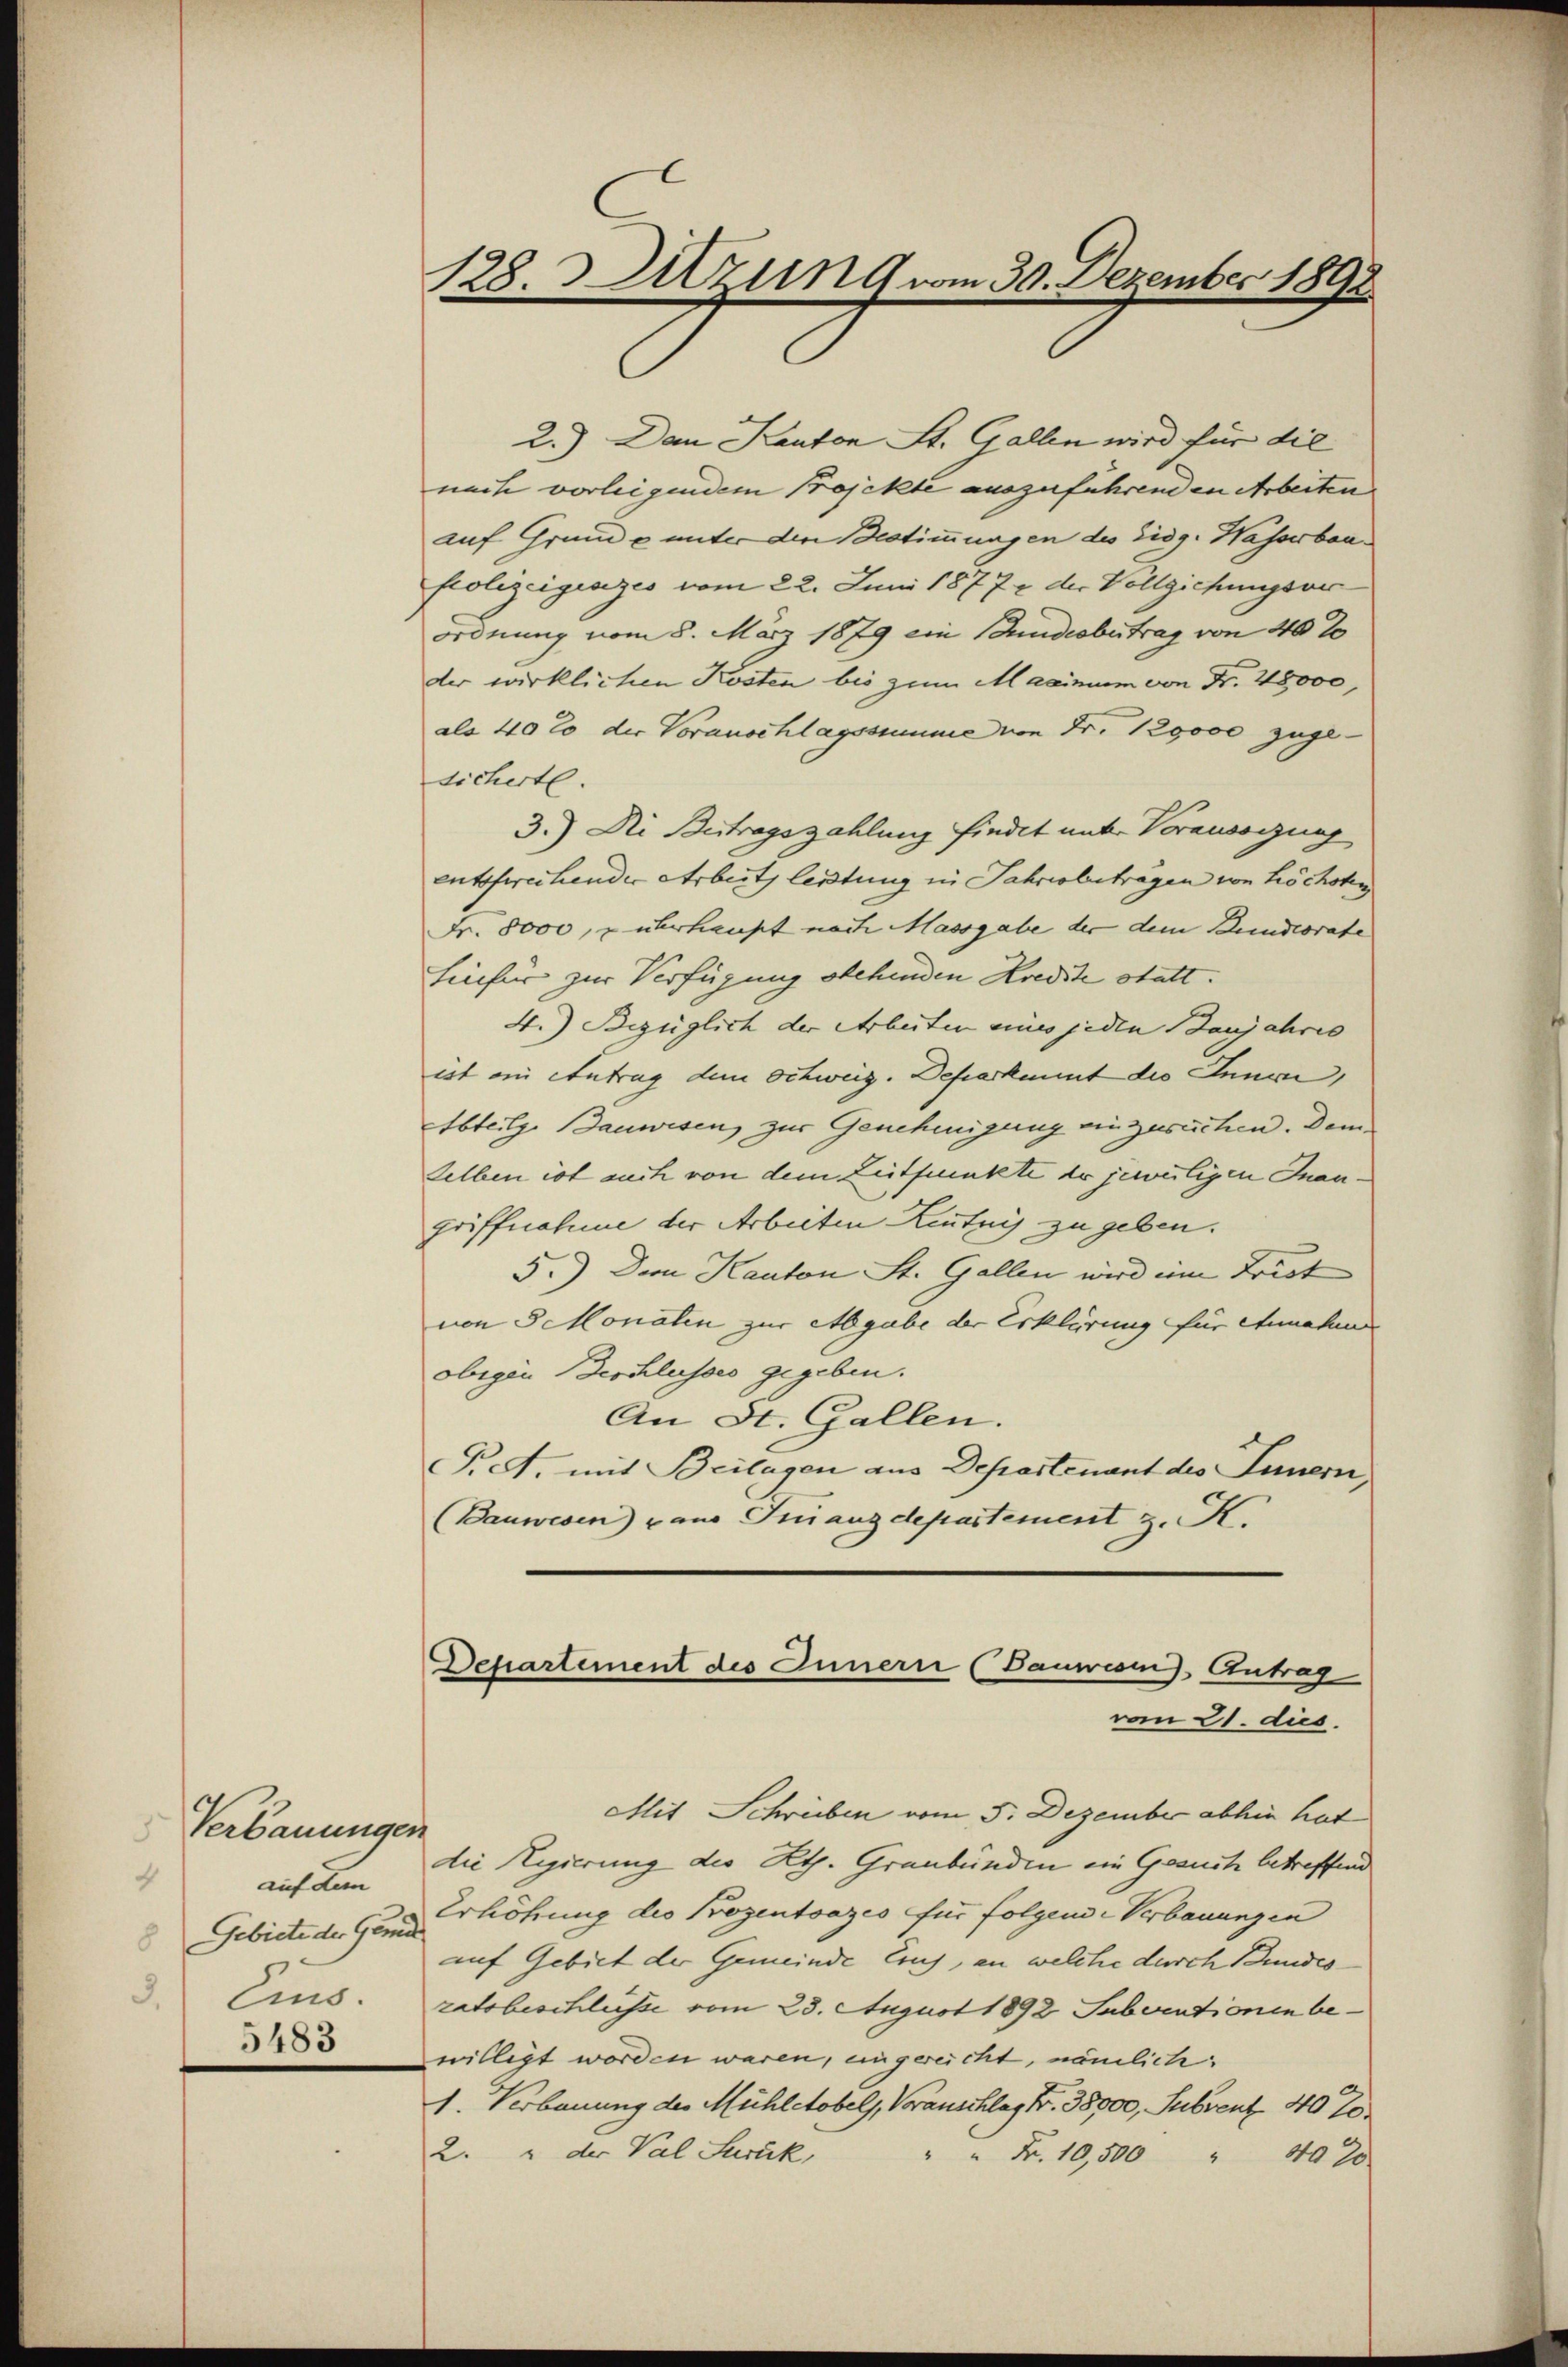
Verbauunge
4
auf dem
Gebiete der Gemde.
8
3.
Eis.
5483

128. Sitzung vom 30. Dezember 1892

2.) Den Kanton St. Gallen wird für die
nach vorleigendem Projekte auszuführenden Arbeiten
auf Grunde unter den Bestimmungen des Eidg. Hassbau¬
Polizeigesezes vom 22. Juni 1877 der Vollgichungsve
ordnung vom 8. März 1879 ein Stundesbetrag von 40 20
der wirklichen Kosten bis zum Maximum von Fr. 28,000,
als 40 to der Vorauschlagssumme von Fr. 120000 zuge-
licherte.
3.) Die Betragszahlung findet unt. Vorwegung
entsprechender Arbeit leitung in Jahresbetragen von höchsten
Fr. 8000, überhaupt nach Massgabe der dem Bundesrate
Lienfer zur Verfügung stehenden Kredite statt.
4.) Bezüglich der Arbeiten eines jeden Banjahres
ist ein Antrag dem Schweig. Deparkeit die Innen,
tbteilge Bauwesen, zur Genehmigung einzusuchen. Dem
selben ist auch von dem Zeitpunkte er jeweiligen Inangriffnahme der Arbeiten Leutnis zu geben.
5.) Dem Kanton St. Gallen wird im Frist
von 3 Monaten zur Abgabe der Erklärung für einnahm
obigen Beschlusses gegeben.
An St. Gallen.
PA. mit Beilagen aus Departenant des Innern,
(Bauwesen) pans Franzdepartement z. K.
Departement des Innern (Bauwesen Antrag
vom 21. dus.
Mit Schreiben vom 5. Dezember abhin hat
2
die Regierung die Rth. Graubünden ein Gesuch betreffend
Erhöhung des Prozentsazes für folgen-Verbauungen
auf Gebiet der Gemeinde Eins, an welche durch Bundes
zatsbeschlüsse vom 23. August 1892 Subventionen bewilligt worden waren, eingereicht, nämlich:
1. Verbauung des Mühletobel, Voranschlag Fr. 38000, Subvent 40 J
2. 2 der Val Suruk,
" Fr. 10,500 " 40 20